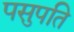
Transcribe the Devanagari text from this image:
पसुपति